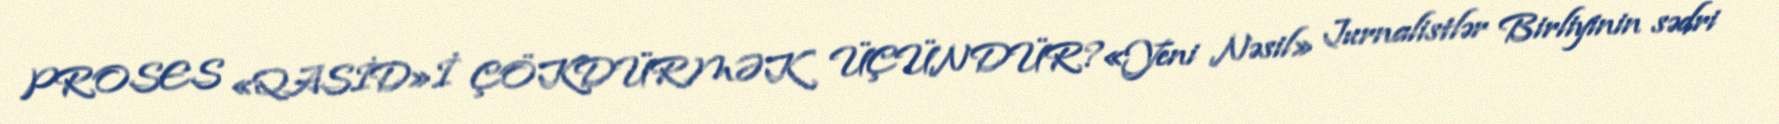
PROSES «QASİD»İ ÇÖKDÜRMƏK ÜÇÜNDÜR?«Yeni Nəsil» Jurnalistlər Birliyinin sədri